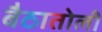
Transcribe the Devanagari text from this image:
बैठातोली